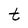
Character: t